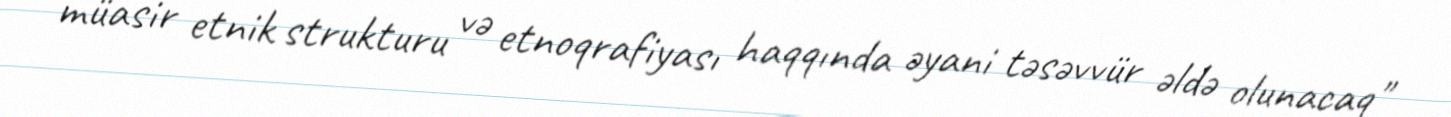
müasir etnik strukturu və etnoqrafiyası haqqında əyani təsəvvür əldə olunacaq"